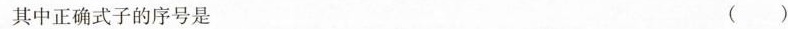
其中正确式子的序号是 ( )